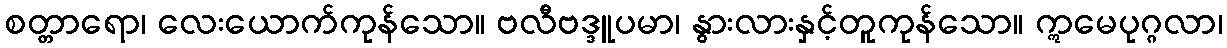
စတ္တာရော၊ လေးယောက်ကုန်သော။ ဗလီဗဒ္ဒူပမာ၊ နွားလားနှင့်တူကုန်သော။ ဣမေပုဂ္ဂလာ၊